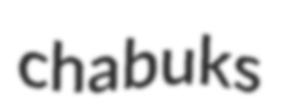
chabuks